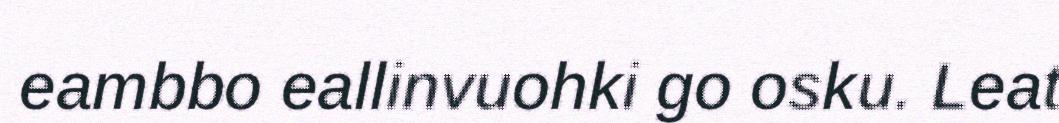
eambbo eallinvuohki go osku. Leat